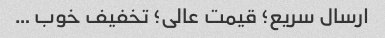
ارسال سریع؛ قیمت عالی؛ تخفیف خوب …